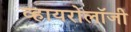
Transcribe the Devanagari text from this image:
व्हायरोलॉजी